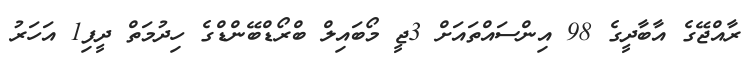
ރާއްޖޭގެ އާބާދީގެ 98 އިންސައްތައަށް 3ޖީ މޯބައިލް ބްރޯޑްބޭންޑްގެ ހިދުމަތް ދީފި1 އަހަރު